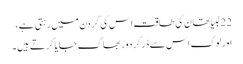
22 لبیا تھان کی طاقت اس کی گردن میں رہتی ہے ،
اور لوگ اس سے ڈر کر دور بھاگ جایا کر تے ہیں۔